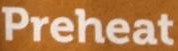
Preheat